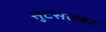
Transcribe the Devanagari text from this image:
सुटसत्व्हर